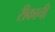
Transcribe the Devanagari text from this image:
रीकाची